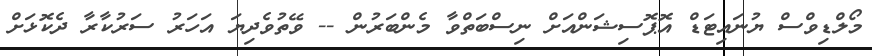
މޯލްޑިވްސް ޔުނައިޓަޑް އޮޕޮސިޝަންއަށް ނިސްބަތްވާ މެންބަރުން -- ވޭތުވެދިޔަ އަހަރު ސަރުކާރާ ދެކޮޅަށް